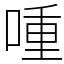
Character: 喠